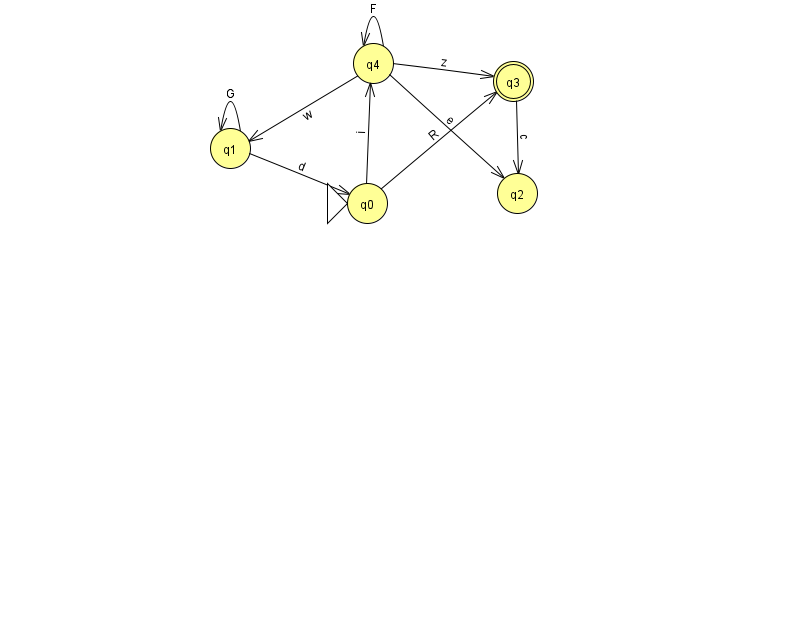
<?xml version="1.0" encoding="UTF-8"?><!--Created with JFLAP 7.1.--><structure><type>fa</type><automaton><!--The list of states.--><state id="0" name="q0"><x>367.0</x><y>190.0</y><initial/></state><state id="1" name="q1"><x>230.0</x><y>135.0</y></state><state id="2" name="q2"><x>517.0</x><y>180.0</y></state><state id="3" name="q3"><x>513.0</x><y>68.0</y><final/></state><state id="4" name="q4"><x>373.0</x><y>50.0</y></state><!--The list of transitions.--><transition><from>0</from><to>4</to><read>i</read></transition><transition><from>4</from><to>1</to><read>w</read></transition><transition><from>4</from><to>4</to><read>F</read></transition><transition><from>1</from><to>1</to><read>G</read></transition><transition><from>1</from><to>0</to><read>d</read></transition><transition><from>3</from><to>2</to><read>c</read></transition><transition><from>4</from><to>3</to><read>z</read></transition><transition><from>4</from><to>2</to><read>e</read></transition><transition><from>0</from><to>3</to><read>R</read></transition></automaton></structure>